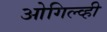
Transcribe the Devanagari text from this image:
ओगिल्व्ही